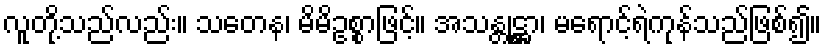
လူတို့သည်လည်း။ သတေန၊ မိမိဥစ္စာဖြင့်။ အသန္တုဋ္ဌာ၊ မရောင့်ရဲကုန်သည်ဖြစ်၍။